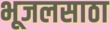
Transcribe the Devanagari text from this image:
भूजलसाठा